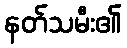
နတ်သမီး၏